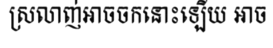
ស្រលាញ់អាចចកនោះឡើយ អាច